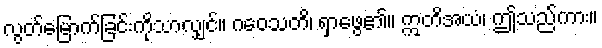
လွတ်မြောက်ခြင်းကိုသာလျှင်။ ဂဝေသတိ၊ ရှာဖွေ၏။ ဣတိအယံ၊ ဤသည်ကား။